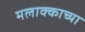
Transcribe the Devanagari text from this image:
मलाक्काच्या